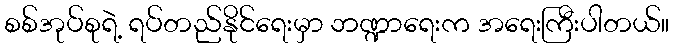
စစ်အုပ်စုရဲ့ ရပ်တည်နိုင်ရေးမှာ ဘဏ္ဍာရေးက အရေးကြီးပါတယ်။